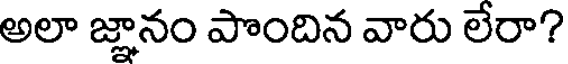
అలా జ్ఞానం పొందిన వారు లేరా?